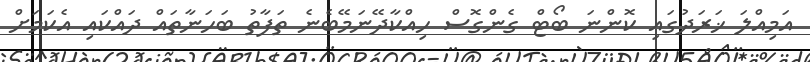
އަމިއްލަ ޚަރަދުގައި ކޮންނަ ބޯޓް ގެންގޮސް ހިއްކާދޭނަމޭބެނެ ތަފާތު ބަހަނާތައް ދައްކައި އެކަމަށް